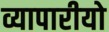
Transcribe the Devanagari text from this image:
व्यापारीयो